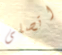
اتصلى